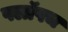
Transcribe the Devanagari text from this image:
फ्लॉपच